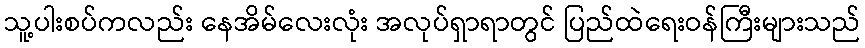
သူ့ပါးစပ်ကလည်း နေအိမ်လေးလုံး အလုပ်ရှာရာတွင် ပြည်ထဲရေးဝန်ကြီးများသည်